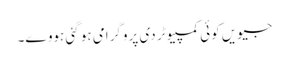
جیویں کوئی کمپیوٹر دی پروگرامی ہو گئی ہووے۔